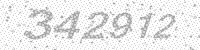
Solution: 342912